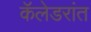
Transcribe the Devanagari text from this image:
कॅलेडरांत